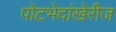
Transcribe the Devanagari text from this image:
पोटभेदांखेरीज